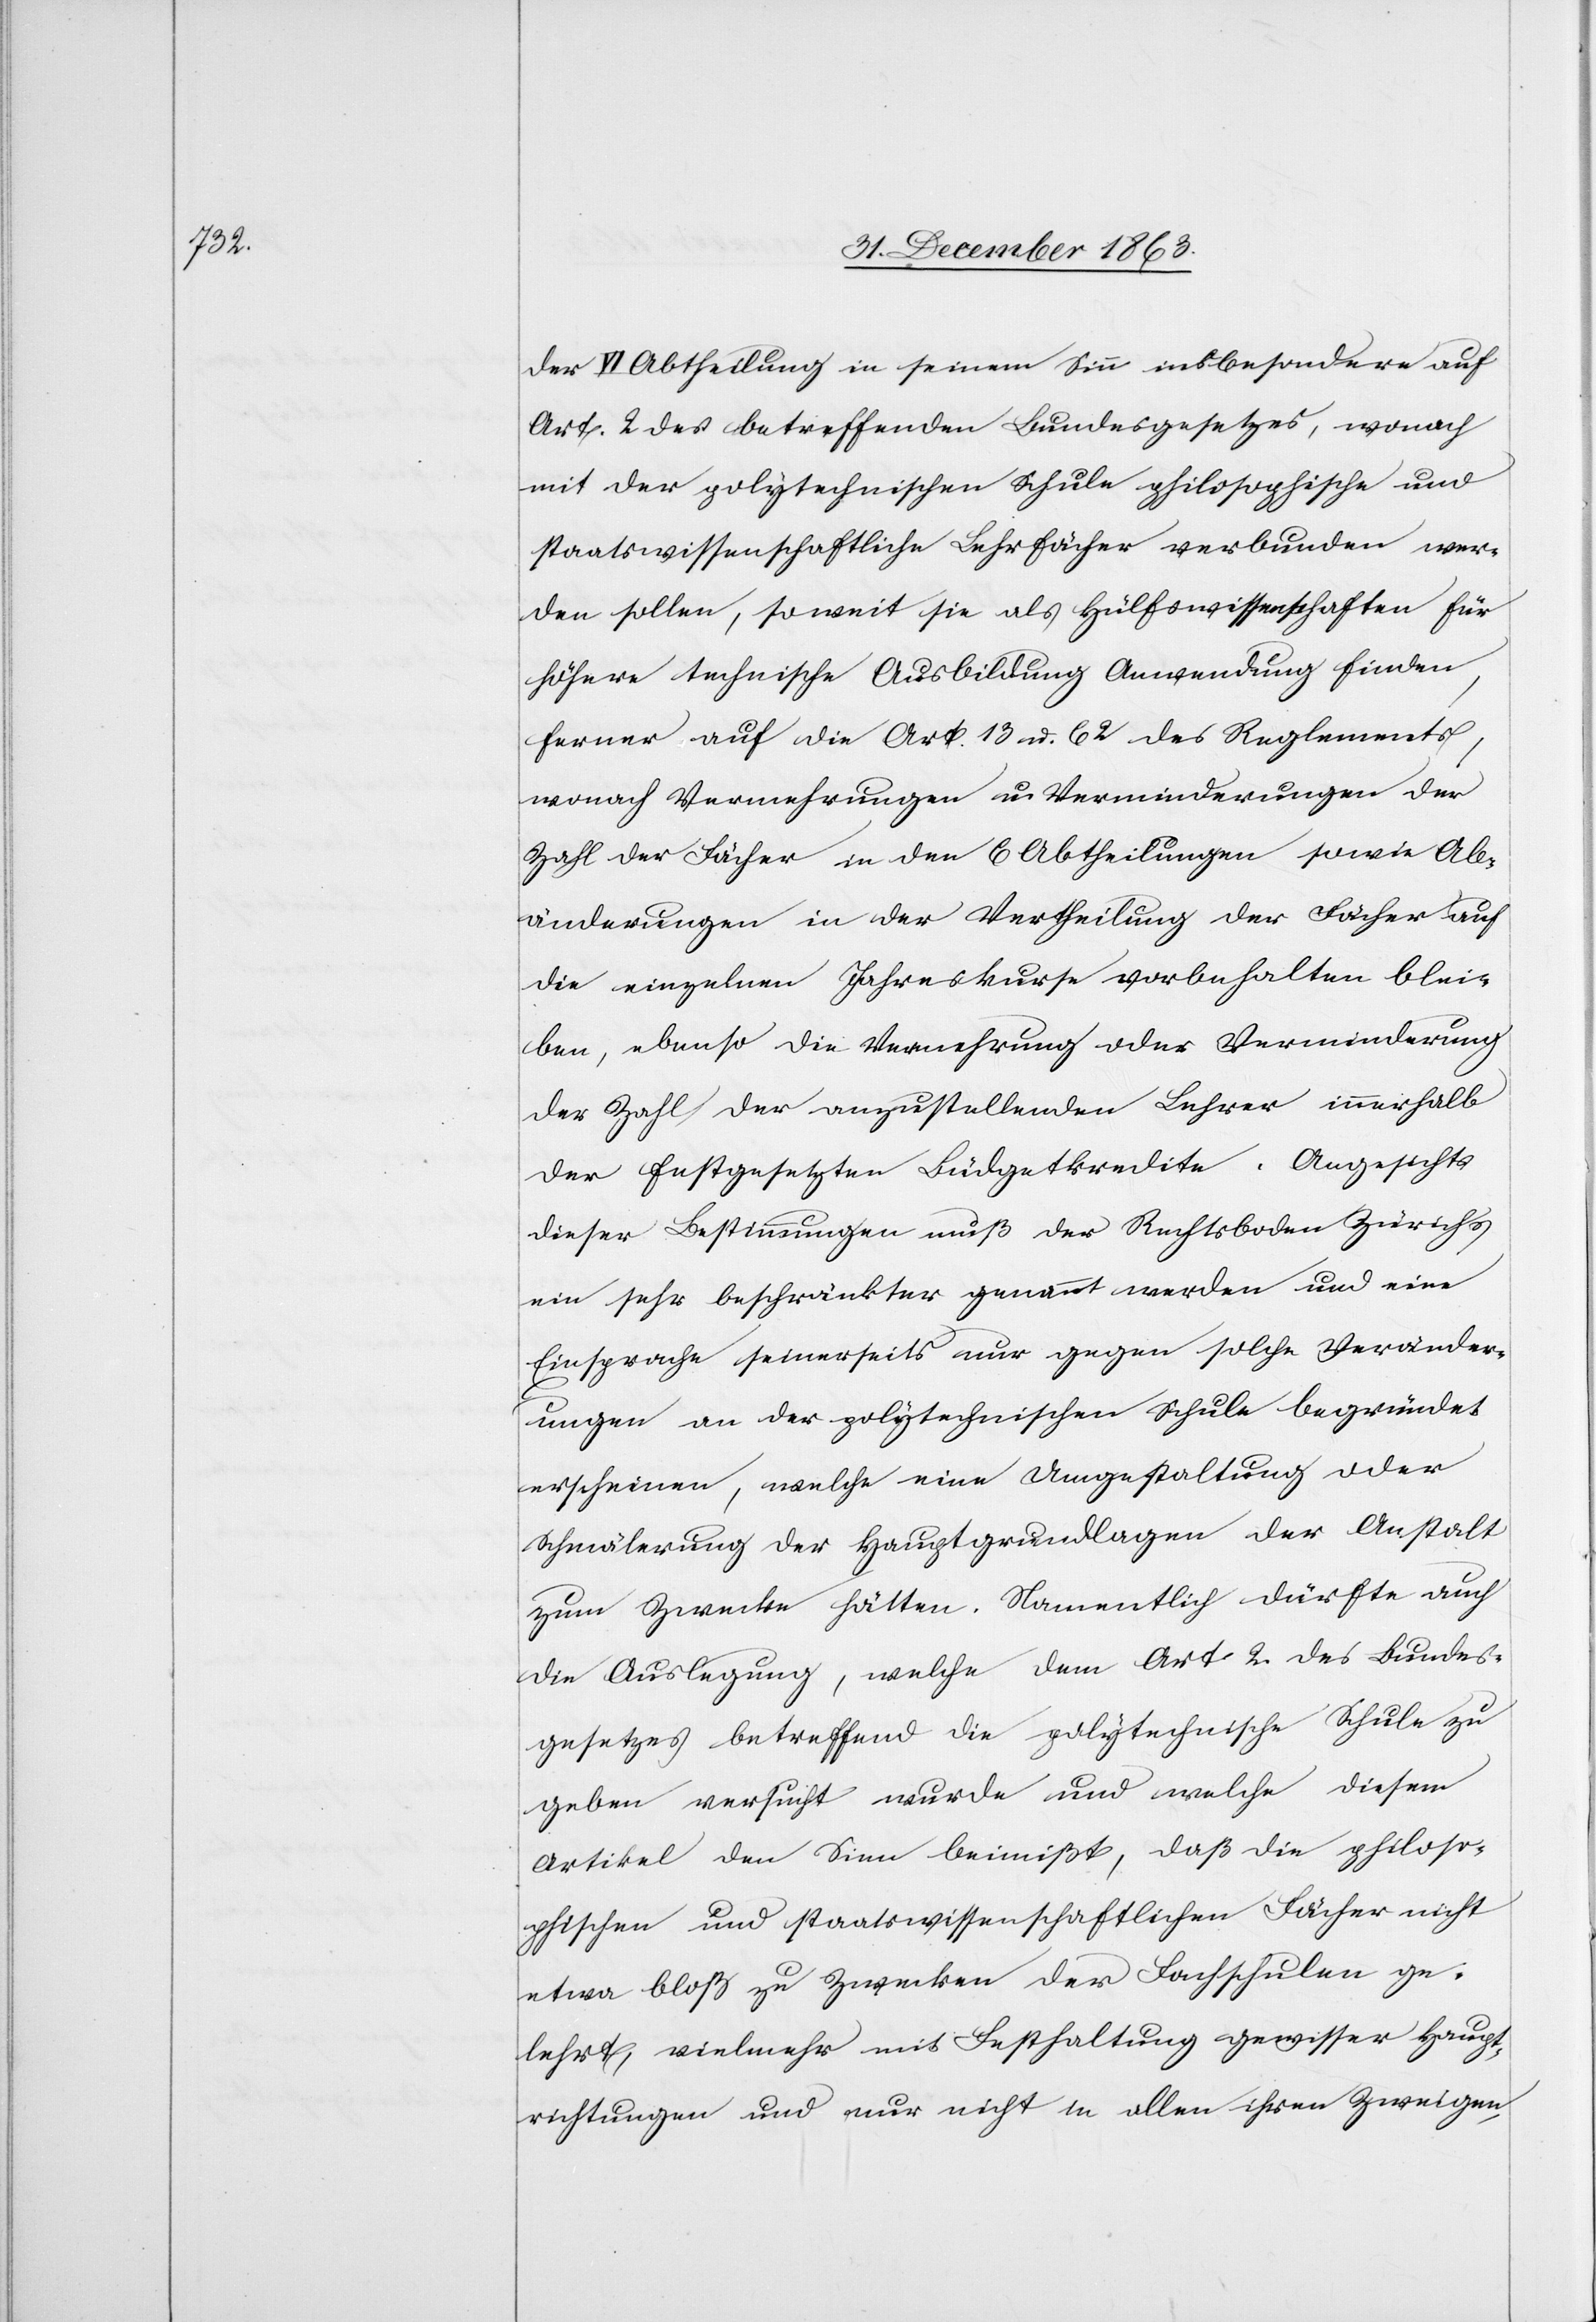
der VI Abtheilung in seinem Sinn insbesondere auf
Art. 2 des betreffenden Bundesgesetzes, wonach
mit der polytechnischen Schule philosophische und
staatswissenschaftliche Lehrfächer verbunden wer¬
den sollen, soweit sie als Hülfswissenschaften für
höhere technische Ausbildung Anwendung finden,
ferner auf die Art. 13 u. 62 des Reglements,
wonach Vermehrungen u. Verminderungen der
Zahl der Fächer in den 6 Abtheilungen sowie Ab¬
änderungen in der Vertheilung der Fächer auf
die einzelnen Jahreskurse vorbehalten blei¬
ben, ebenso die Vermehrung oder Verminderung
der Zahl der anzustellenden Lehrer innerhalb
der festgesetzten Büdgetkredite. Angesichts
dieser Bestimmungen muß der Rechtsboden Zürichs
ein sehr beschränkter genannt werden und eine
Einsprache seinerseits nur gegen solche Veränder¬
ungen an der polytechnischen Schule begründet
erscheinen, welche eine Umgestaltung oder
Schmälerung der Hauptgrundlagen der Anstalt
zum Zwecke hätten. Namentlich dürfte auch
die Auslegung, welche dem Art. 2. des Bundes¬
gesetzes betreffend die polytechnische Schule zu
geben versucht wurde und welche diesem
Artikel den Sinn beimißt, daß die philoso¬
phischen und staatswissenschaftlichen Fächer nicht
etwa bloß zu Zwecken der Fachschulen ge¬
lehrt, vielmehr mit Festhaltung gewisser Haupt¬
richtungen und nur nicht in allen ihren Zweigen,